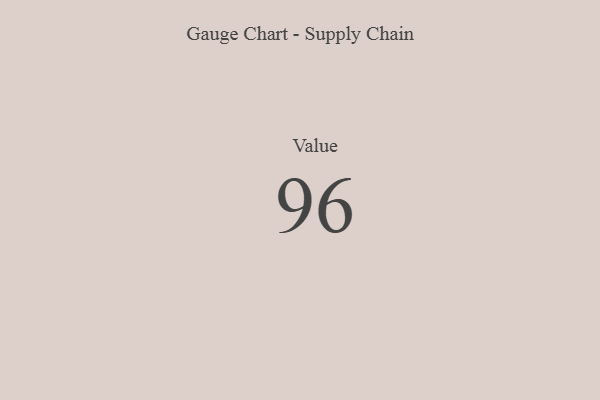
{"axis": {"x": "Metric", "y": "Value"}, "legend": [""], "data": [{"x": "Value", "y": 96, "type": ""}]}